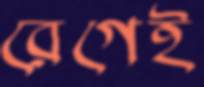
রেগেই